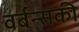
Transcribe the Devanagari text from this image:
वर्बन्सकी